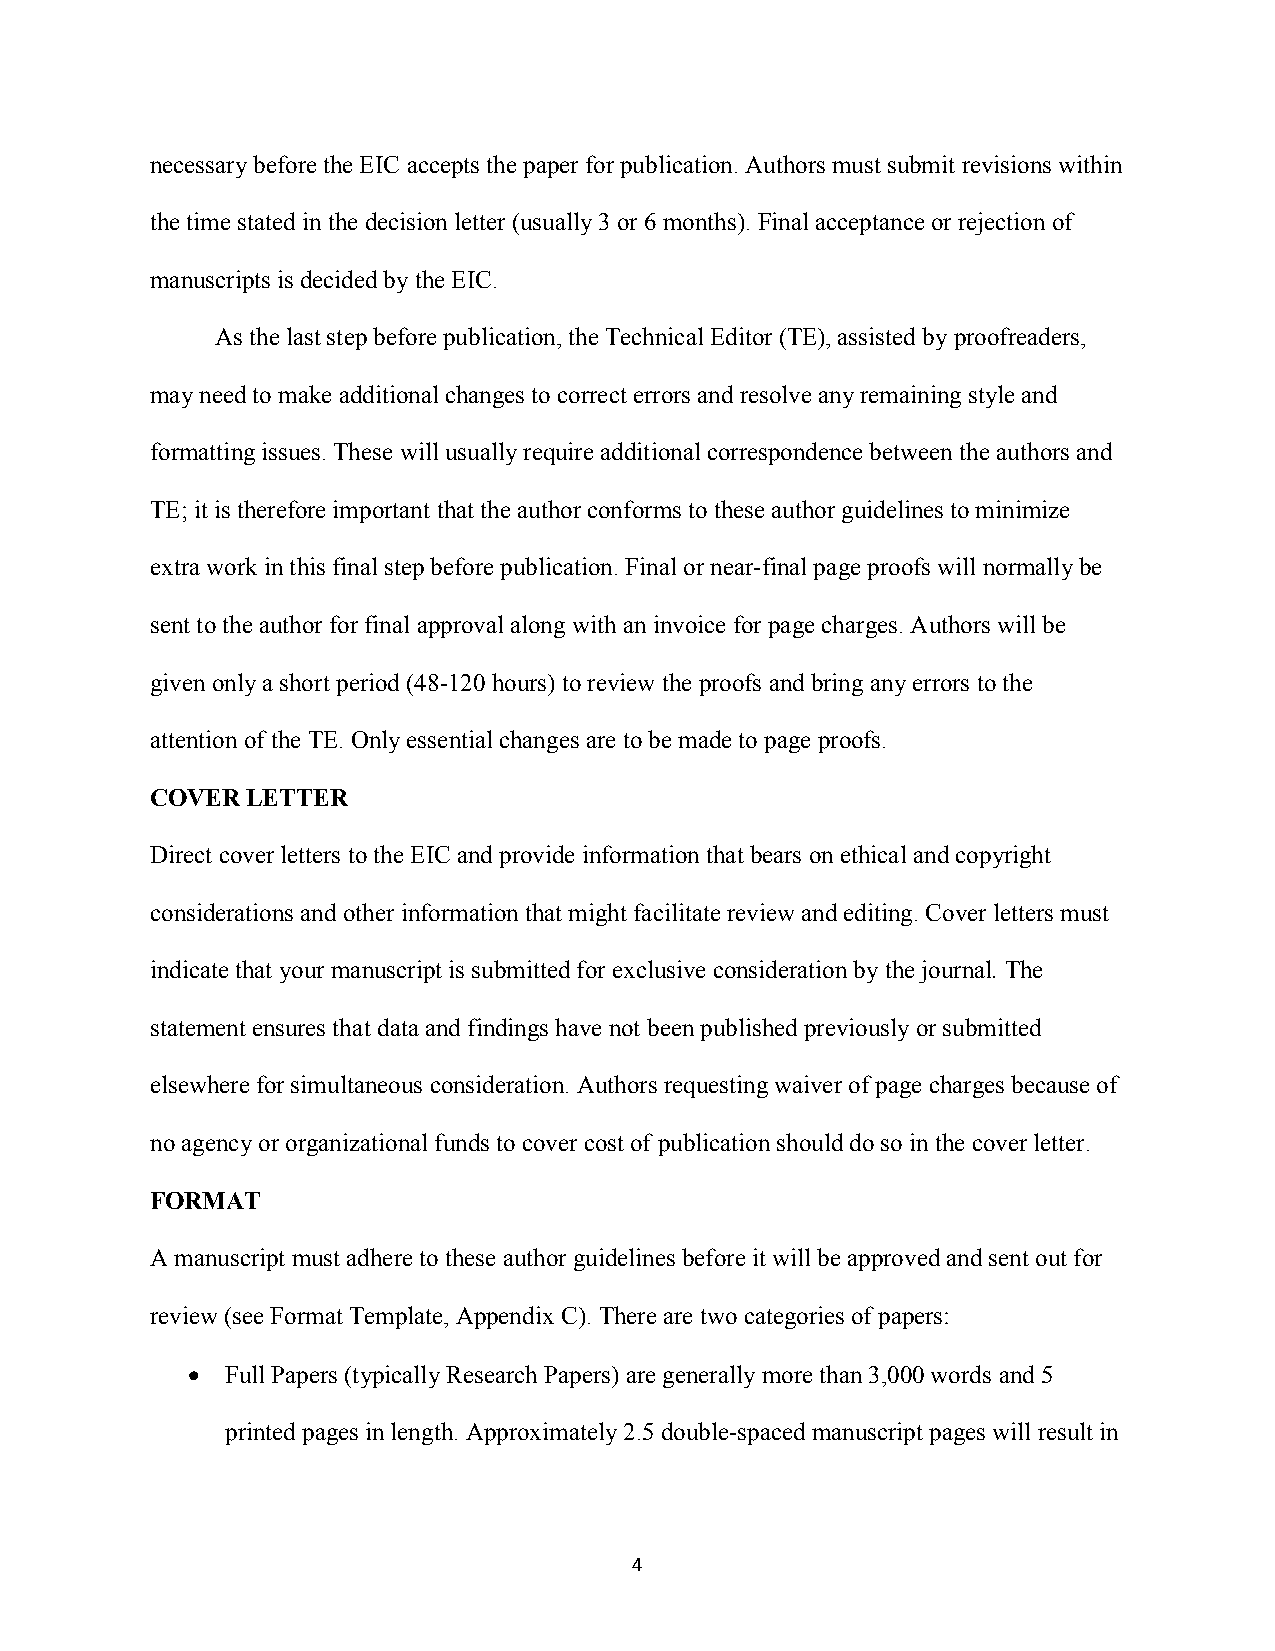
necessary before the EIC accepts the paper for publication. Authors must submit revisions within
 the time stated in the decision letter (usually 3 or 6 months). Final acceptance or rejection of
 manuscripts is decided by the EIC.
 As the last step before publication, the Technical Editor (TE), assisted by proofreaders,
 may need to make additional changes to correct errors and resolve any remaining style and
 formatting issues. These will usually require additional correspondence between the authors and
 TE; it is therefore important that the author conforms to these author guidelines to minimize
 extra work in this final step before publication. Final or near-final page proofs will normally be
 sent to the author for final approval along with an invoice for page charges. Authors will be
 given only a short period (48-120 hours) to review the proofs and bring any errors to the
 attention of the TE. Only essential changes are to be made to page proofs.
 COVER LETTER
 Direct cover letters to the EIC and provide information that bears on ethical and copyright
 considerations and other information that might facilitate review and editing. Cover letters must
 indicate that your manuscript is submitted for exclusive consideration by the journal. The
 statement ensures that data and findings have not been published previously or submitted
 elsewhere for simultaneous consideration. Authors requesting waiver of page charges because of
 no agency or organizational funds to cover cost of publication should do so in the cover letter.
 FORMAT
 A manuscript must adhere to these author guidelines before it will be approved and sent out for
 review (see Format Template, Appendix C). There are two categories of papers:
   Full Papers (typically Research Papers) are generally more than 3,000 words and 5
 printed pages in length. Approximately 2.5 double-spaced manuscript pages will result in
 4